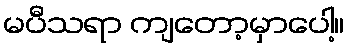
မပီသရာ ကျတော့မှာပေါ့။